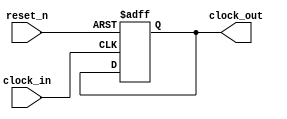
module clock_divider (input clock_in, reset_n, output reg clock_out);
    reg [22:0] clock_divider;
    parameter divide_by = 0;

    always @ (posedge clock_in, negedge reset_n)
        begin
            if(~reset_n)    // reset (active low)
                begin
                    clock_out <= 0;
                    clock_divider <= 0;
                end
            else    // divide clock
                begin
                    if(clock_divider != divide_by - 1)
                        clock_divider <= clock_divider + 1'b1;  // count up to divide_by-1
                    else
                        begin
                            clock_out <= ~clock_out;    // flip clock every time we count to divide_by-1 
                            clock_divider <= 0;         // reset counter back to 0
                        end
                end
        end
        
endmodule